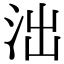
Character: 泏